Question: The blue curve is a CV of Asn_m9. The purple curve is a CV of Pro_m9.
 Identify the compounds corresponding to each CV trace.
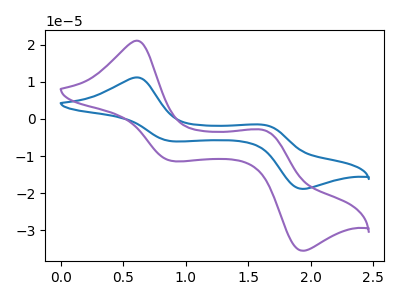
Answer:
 <answer>The blue curve is labeled "Asn_m9". The purple curve is labeled "Pro_m9".</answer>
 <eval></eval>